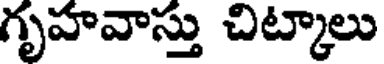
గృహవాస్తు చిట్కాలు